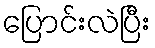
ပြောင်းလဲပြီး